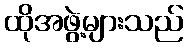
ထိုအဖွဲ့များသည်